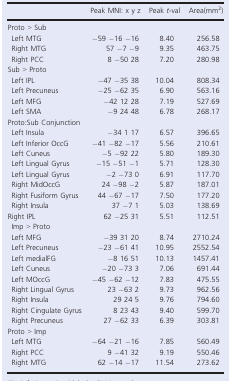
<table><thead><tr><td></td><td><b>Peak MNI: x y z</b></td><td><b>Peak <i>t</i>‐val</b></td><td><b>Area(mm<sup>2</sup>)</b></td></tr></thead><tbody><tr><td colspan="4">Proto &gt; Sub</td></tr><tr><td>Left MTG</td><td>−59 −16 −16</td><td>8.40</td><td>256.58</td></tr><tr><td>Right MTG</td><td>57 −7 −9</td><td>9.35</td><td>463.75</td></tr><tr><td>Right PCC</td><td>8 −50 28</td><td>7.20</td><td>280.98</td></tr><tr><td colspan="4">Sub &gt; Proto</td></tr><tr><td>Left IPL</td><td>−47 −35 38</td><td>10.04</td><td>808.34</td></tr><tr><td>Left Precuneus</td><td>−25 −62 35</td><td>6.90</td><td>563.16</td></tr><tr><td>Left MFG</td><td>−42 12 28</td><td>7.19</td><td>527.69</td></tr><tr><td>Left SMA</td><td>−9 24 48</td><td>6.78</td><td>268.17</td></tr><tr><td colspan="4">Proto:Sub Conjunction</td></tr><tr><td>Left Insula</td><td>−34 1 17</td><td>6.57</td><td>396.65</td></tr><tr><td>Left Inferior OccG</td><td>−41 −82 −17</td><td>5.56</td><td>210.61</td></tr><tr><td>Left Cuneus</td><td>−5 −92 22</td><td>5.80</td><td>189.30</td></tr><tr><td>Left Lingual Gyrus</td><td>−15 −51 −1</td><td>5.71</td><td>128.30</td></tr><tr><td>Left Lingual Gyrus</td><td>−2 −73 0</td><td>6.91</td><td>117.70</td></tr><tr><td>Right MidOccG</td><td>24 −98 −2</td><td>5.87</td><td>187.01</td></tr><tr><td>Right Fusiform Gyrus</td><td>44 −67 −17</td><td>7.50</td><td>177.20</td></tr><tr><td>Right Insula</td><td>37 −7 1</td><td>5.03</td><td>138.69</td></tr><tr><td>Right IPL</td><td>62 −25 31</td><td>5.51</td><td>112.51</td></tr><tr><td colspan="4">Imp &gt; Proto</td></tr><tr><td>Left MFG</td><td>−39 31 20</td><td>8.74</td><td>2710.24</td></tr><tr><td>Left Precuneus</td><td>−23 −61 41</td><td>10.95</td><td>2552.54</td></tr><tr><td>Left medialFG</td><td>−8 16 51</td><td>10.13</td><td>1457.41</td></tr><tr><td>Left Cuneus</td><td>−20 −73 3</td><td>7.06</td><td>691.44</td></tr><tr><td>Left MOccG</td><td>−45 −62 −12</td><td>7.83</td><td>475.55</td></tr><tr><td>Right Lingual Gyrus</td><td>23 −63 2</td><td>9.73</td><td>962.56</td></tr><tr><td>Right Insula</td><td>29 24 5</td><td>9.76</td><td>794.60</td></tr><tr><td>Right Cingulate Gyrus</td><td>8 23 43</td><td>9.40</td><td>599.70</td></tr><tr><td>Right Precuneus</td><td>27 −62 33</td><td>6.39</td><td>303.81</td></tr><tr><td colspan="4">Proto &gt; Imp</td></tr><tr><td>Left MTG</td><td>−64 −21 −16</td><td>7.85</td><td>560.49</td></tr><tr><td>Right PCC</td><td>9 −41 32</td><td>9.19</td><td>550.46</td></tr><tr><td>Right MTG</td><td>62 −14 −17</td><td>11.54</td><td>273.62</td></tr></tbody></table>